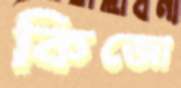
কিজো